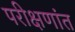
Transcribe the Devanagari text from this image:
परीक्षणांत